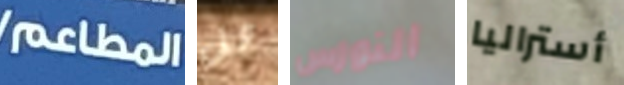
المطاعم هل النورس أستراليا